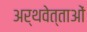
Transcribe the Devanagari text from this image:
अर्थवेत्ताओं